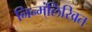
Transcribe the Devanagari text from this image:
निन्म्ंलिखित